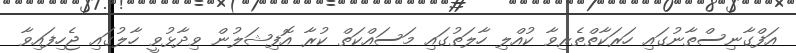
އަފްގާނިސްތާނުގައި ހަރަކާތްތެރިވާ ކުއްލި ހާލަތުގައި މަސައްކަތް ކުރާ އޮފިޝަލުން ވިދާޅުވީ ހާލުގައި ޖެހިފައިވާ